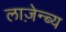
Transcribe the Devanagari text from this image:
लाज़ेन्ब्य